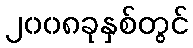
၂၀၀၈ခုနှစ်တွင်